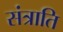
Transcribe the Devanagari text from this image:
संत्राति